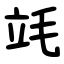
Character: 竓